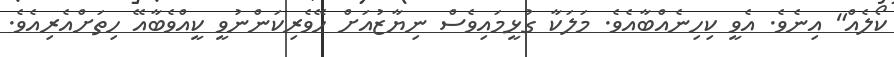
ކޯލެއް" އިނެވެ. އެވީ ކިހިނެއްބާއެވެ. މަލަކާ ގުޅީމައިވެސް ނިޔާޒުއަށް ހޭވެރިކަންނުވީ ކީއްވެބާއޭ ހިތަށްއެރިއެވެ.